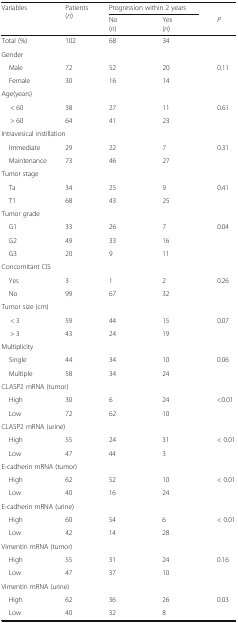
<table><thead><tr><td rowspan="2"><b>Variables</b></td><td rowspan="2"><b>Patients (<i>n</i>)</b></td><td colspan="2"><b>Progression within 2 years</b></td><td></td></tr><tr><td><b>No(<i>n</i>)</b></td><td><b>Yes(<i>n</i>)</b></td><td><b><i>P</i></b></td></tr></thead><tbody><tr><td>Total (%)</td><td>102</td><td>68</td><td>34</td><td></td></tr><tr><td colspan="5">Gender</td></tr><tr><td> Male</td><td>72</td><td>52</td><td>20</td><td rowspan="2">0.11</td></tr><tr><td> Female</td><td>30</td><td>16</td><td>14</td></tr><tr><td colspan="5">Age(years)</td></tr><tr><td>&lt; 60</td><td>38</td><td>27</td><td>11</td><td rowspan="2">0.61</td></tr><tr><td>&gt; 60</td><td>64</td><td>41</td><td>23</td></tr><tr><td colspan="5">Intravesical instillation</td></tr><tr><td> Immediate</td><td>29</td><td>22</td><td>7</td><td rowspan="2">0.31</td></tr><tr><td> Maintenance</td><td>73</td><td>46</td><td>27</td></tr><tr><td colspan="5">Tumor stage</td></tr><tr><td> Ta</td><td>34</td><td>25</td><td>9</td><td rowspan="2">0.41</td></tr><tr><td> T1</td><td>68</td><td>43</td><td>25</td></tr><tr><td colspan="5">Tumor grade</td></tr><tr><td> G1</td><td>33</td><td>26</td><td>7</td><td rowspan="3">0.04</td></tr><tr><td> G2</td><td>49</td><td>33</td><td>16</td></tr><tr><td> G3</td><td>20</td><td>9</td><td>11</td></tr><tr><td colspan="5">Concomitant CIS</td></tr><tr><td> Yes</td><td>3</td><td>1</td><td>2</td><td rowspan="2">0.26</td></tr><tr><td> No</td><td>99</td><td>67</td><td>32</td></tr><tr><td colspan="5">Tumor size (cm)</td></tr><tr><td>&lt; 3</td><td>59</td><td>44</td><td>15</td><td rowspan="2">0.07</td></tr><tr><td>&gt; 3</td><td>43</td><td>24</td><td>19</td></tr><tr><td colspan="5">Multiplicity</td></tr><tr><td> Single</td><td>44</td><td>34</td><td>10</td><td rowspan="2">0.06</td></tr><tr><td> Multiple</td><td>58</td><td>34</td><td>24</td></tr><tr><td colspan="5">CLASP2 mRNA (tumor)</td></tr><tr><td> High</td><td>30</td><td>6</td><td>24</td><td rowspan="2">&lt;0.01</td></tr><tr><td> Low</td><td>72</td><td>62</td><td>10</td></tr><tr><td colspan="5">CLASP2 mRNA (urine)</td></tr><tr><td> High</td><td>55</td><td>24</td><td>31</td><td rowspan="2">&lt; 0.01</td></tr><tr><td> Low</td><td>47</td><td>44</td><td>3</td></tr><tr><td colspan="5">E-cadherin mRNA (tumor)</td></tr><tr><td> High</td><td>62</td><td>52</td><td>10</td><td rowspan="2">&lt; 0.01</td></tr><tr><td> Low</td><td>40</td><td>16</td><td>24</td></tr><tr><td colspan="5">E-cadherin mRNA (urine)</td></tr><tr><td> High</td><td>60</td><td>54</td><td>6</td><td rowspan="2">&lt; 0.01</td></tr><tr><td> Low</td><td>42</td><td>14</td><td>28</td></tr><tr><td colspan="5">Vimentin mRNA (tumor)</td></tr><tr><td> High</td><td>55</td><td>31</td><td>24</td><td rowspan="2">0.16</td></tr><tr><td> Low</td><td>47</td><td>37</td><td>10</td></tr><tr><td colspan="5">Vimentin mRNA (urine)</td></tr><tr><td> High</td><td>62</td><td>36</td><td>26</td><td rowspan="2">0.03</td></tr><tr><td> Low</td><td>40</td><td>32</td><td>8</td></tr></tbody></table>